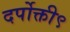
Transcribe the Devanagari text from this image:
दर्पोक्ती९